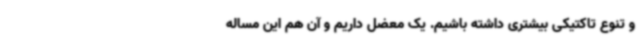
و تنوع تاکتیکی بیشتری داشته باشیم. یک معضل داریم و آن هم این مساله